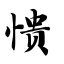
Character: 愦